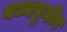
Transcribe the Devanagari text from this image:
मध्ययुगीय